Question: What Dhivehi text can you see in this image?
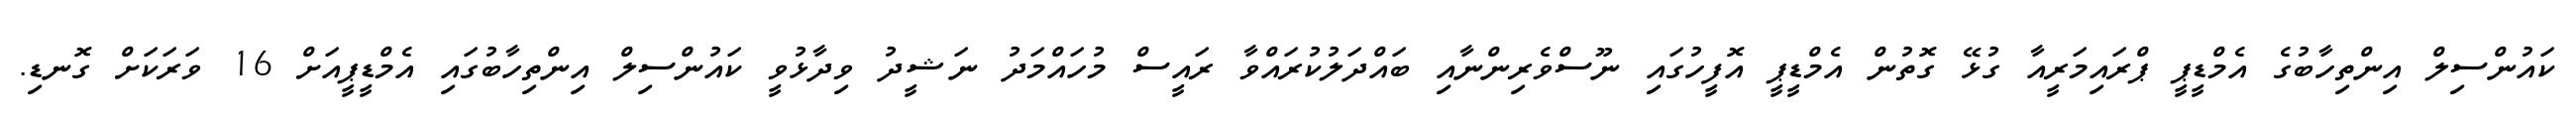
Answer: ކައުންސިލް އިންތިހާބުގެ އެމްޑީޕީ ޕްރައިމަރީއާ ގުޅޭ ގޮތުން އެމްޑީޕީ އޮފީހުގައި ނޫސްވެރިންނާއި ބައްދަލުކުރައްވާ ރައީސް މުހައްމަދު ނަޝީދު ވިދާޅުވީ ކައުންސިލް އިންތިހާބުގައި އެމްޑީޕީއަށް 16 ވަރަކަށް ގޮނޑި.